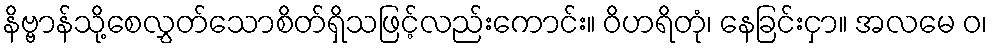
နိဗ္ဗာန်သို့စေလွှတ်သောစိတ်ရှိသဖြင့်လည်းကောင်း။ ဝိဟရိတုံ၊ နေခြင်းငှာ။ အလမေ ဝ၊